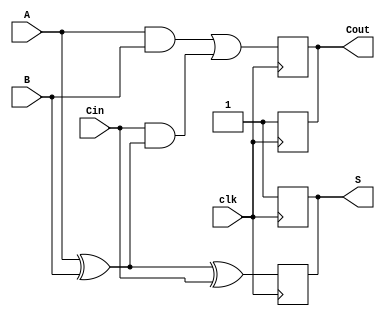
module dynamic_full_adder (
    input wire A,      // First binary input
    input wire B,      // Second binary input
    input wire Cin,    // Carry-in input
    input wire clk,    // Clock signal
    output reg S,      // Sum output
    output reg Cout    // Carry-out output
);

    // Internal signals for the evaluation phase
    wire sum_temp;
    wire carry_temp;

    // Precharge phase
    always @(posedge clk) begin
        // Precharge outputs to high
        S <= 1'b1;
        Cout <= 1'b1;
    end

    // Evaluation phase
    always @(negedge clk) begin
        // Calculate sum and carry-out
        S <= A ^ B ^ Cin; // S = A  B  Cin
        Cout <= (A & B) | (Cin & (A ^ B)); // Cout = (A  B) + (Cin  (A  B))
    end

endmodule